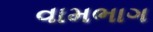
વામભાગ